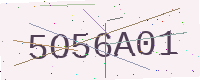
Text: 5O56A01